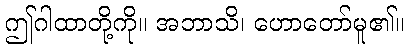
ဤဂါထာတို့ကို။ အဘာသိ၊ ဟောတော်မူ၏။